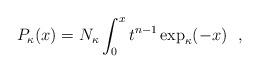
LaTeX: \begin{align*}P_{\kappa}(x)=N_{\kappa}\int_0^{x}t^{n-1} \exp_{\kappa}(-x) \ \ , \end{align*}